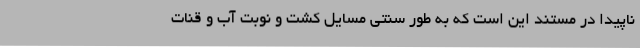
ناپیدا در مستند این است که به طور سنتی مسایل کشت و نوبت آب و قنات